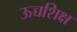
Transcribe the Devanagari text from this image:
ऊच्चशिक्ष